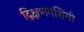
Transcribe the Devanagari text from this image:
द्क्षिणपश्चिमी